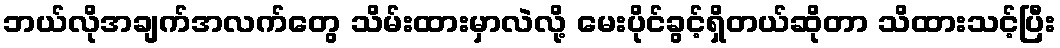
ဘယ်လိုအချက်အလက်တွေ သိမ်းထားမှာလဲလို့ မေးပိုင်ခွင့်ရှိတယ်ဆိုတာ သိထားသင့်ပြီး